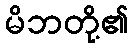
မိဘတို့၏